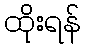
ထိုးရန်